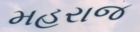
મહરાજ